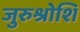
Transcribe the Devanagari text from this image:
जुरुश्रोशि